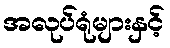
အလုပ်ရုံများနှင့်